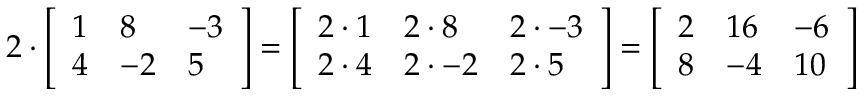
2 \cdot { \left[ \begin{array} { l l l } { 1 } & { 8 } & { - 3 } \\ { 4 } & { - 2 } & { 5 } \end{array} \right] } = { \left[ \begin{array} { l l l } { 2 \cdot 1 } & { 2 \cdot 8 } & { 2 \cdot - 3 } \\ { 2 \cdot 4 } & { 2 \cdot - 2 } & { 2 \cdot 5 } \end{array} \right] } = { \left[ \begin{array} { l l l } { 2 } & { 1 6 } & { - 6 } \\ { 8 } & { - 4 } & { 1 0 } \end{array} \right] }